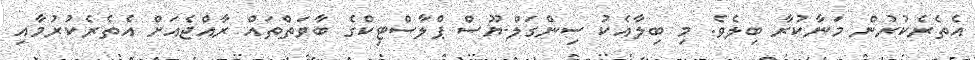
އެތެރެކުރުން މަނާކުރާ ބިލެވެ. މި ބިލާއެކު ސިންގަލް-ޔޫސް ޕްލާސްޓިކްގެ ބާވަތްތައް ރާއްޖެއަށް އެތެރެކުރުމާއި